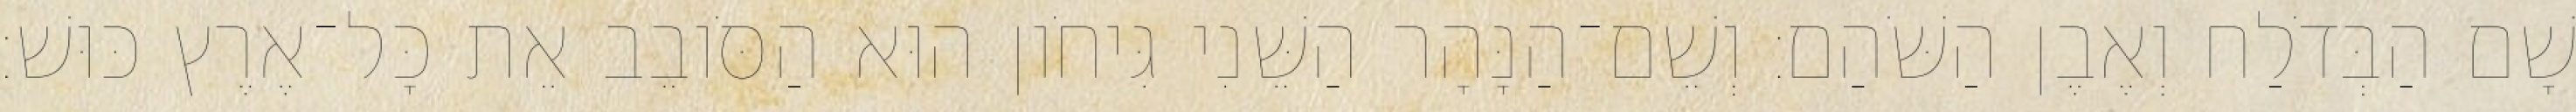
שָׁם הַבְּדֹלַח וְאֶבֶן הַשֹּׁהַם׃ וְשֵׁם־הַנָּהָר הַשֵּׁנִי גִּיחֹון הוּא הַסֹּובֵב אֵת כָּל־אֶרֶץ כּוּשׁ׃